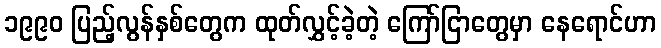
၁၉၉၀ ပြည့်လွန်နှစ်တွေက ထုတ်လွှင့်ခဲ့တဲ့ ကြော်ငြာတွေမှာ နေရောင်ဟာ